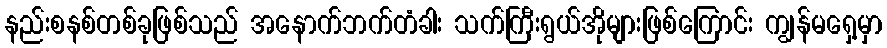
နည်းစနစ်တစ်ခုဖြစ်သည် အနောက်ဘက်တံခါး သက်ကြီးရွယ်အိုများဖြစ်ကြောင်း ကျွန်မရှေ့မှာ